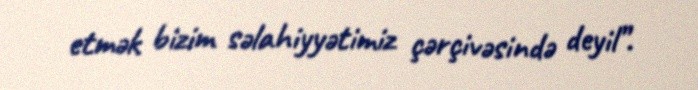
etmək bizim səlahiyyətimiz çərçivəsində deyil”.